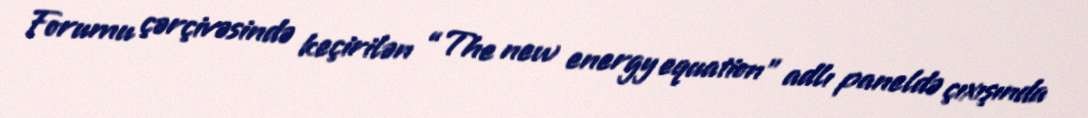
Forumu çərçivəsində keçirilən “The new energy equation” adlı paneldə çıxışında